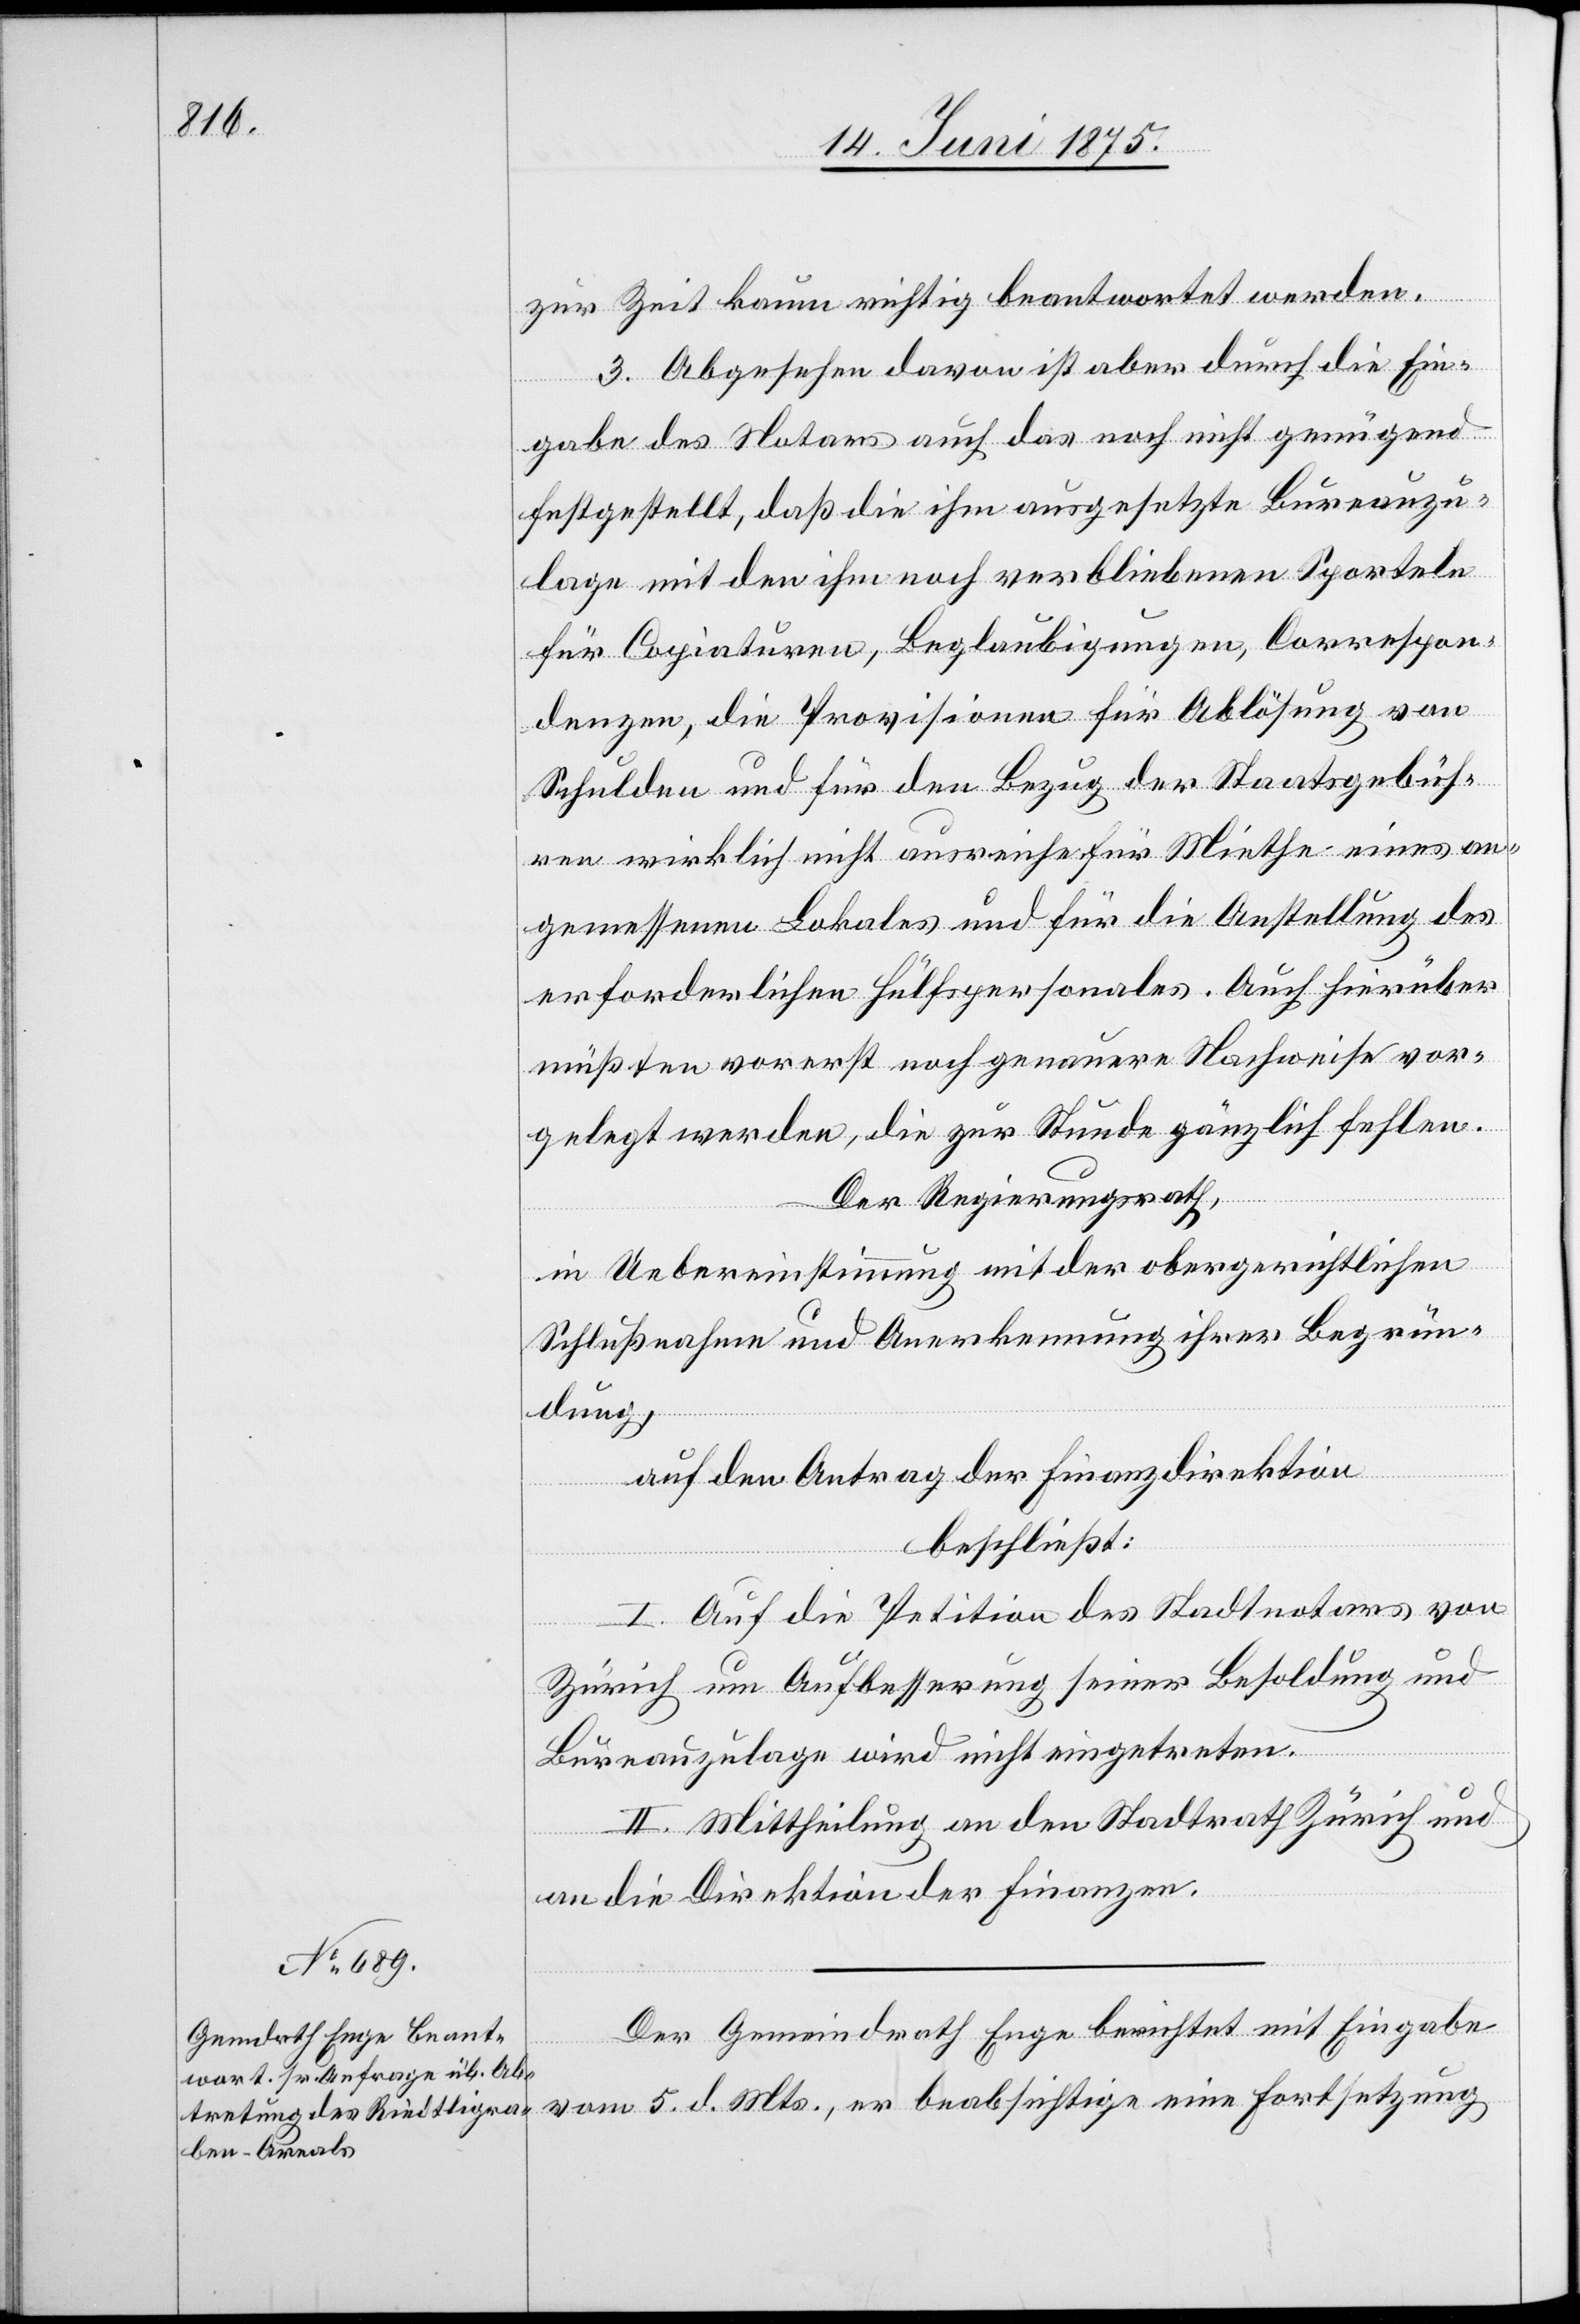
zur Zeit kaum richtig beantwortet werden.
3. Abgesehen davon ist aber durch die Ein¬
gabe des Notars auch das noch nicht genügend
festgestellt, daß die ihm ausgesetzte Bureauzu¬
lage mit den ihm noch verbliebenen Sporteln
für Copiaturen, Beglaubigungen, Correspon¬
denzen, die Provisionen für Ablösung von
Schulden und für den Bezug der Staatsgebüh¬
ren wirklich nicht ausreiche für Miethe eines an¬
gemessenen Lokales und für die Anstellung des
erforderlichen Hülfspersonales. Auch hierüber
müßten vorerst noch genauere Nachweise vor¬
gelegt werden, die zur Stunde gänzlich fehlen.
Der Regierungsrath,
in Uebereinstimmung mit der obergerichtlichen
Schlußnahme und Anerkennung ihrer Begrün¬
dung,
auf den Antrag der Finanzdirektion
beschließt:
I. Auf die Petition des Stadtnotars von
Zürich um Aufbesserung seiner Besoldung und
Bureauzulage wird nicht eingetreten.
II. Mittheilung an den Stadtrath Zürich und
an die Direktion der Finanzen.
Der Gemeindrath Enge berichtet mit Eingabe
vom 5. d. Mts., er beabsichtige eine Fortsetzung